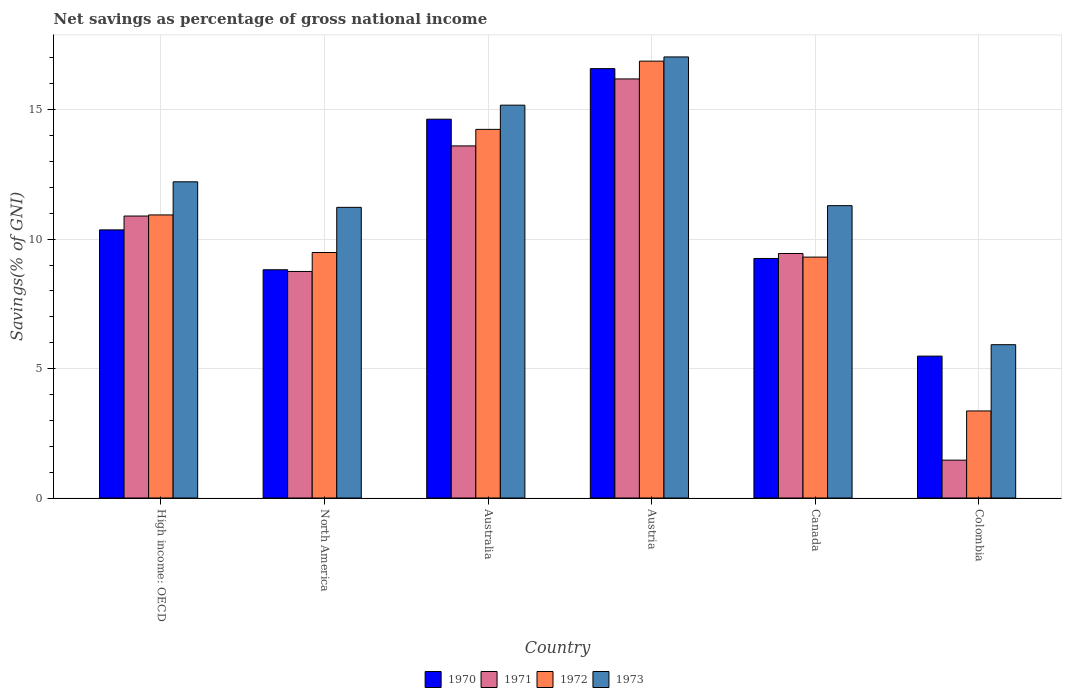
| Country | 1970 | 1971 | 1972 | 1973 |
 | --- | --- | --- | --- | --- |
 | High income: OECD | 10.4 | 10.9 | 10.9 | 12.2 |
 | North America | 8.82 | 8.75 | 9.48 | 11.2 |
 | Australia | 14.6 | 13.6 | 14.2 | 15.2 |
 | Austria | 16.6 | 16.2 | 16.9 | 17 |
 | Canada | 9.25 | 9.45 | 9.31 | 11.3 |
 | Colombia | 5.48 | 1.46 | 3.36 | 5.92 |